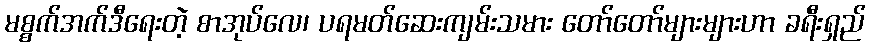
မစ္စက်အက်ဒီရေးတဲ့ စာအုပ်လေ၊ ပရမတ်ဆေးကျမ်းသမား တော်တော်များများဟာ ခရီးရှည်